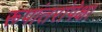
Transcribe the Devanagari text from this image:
रूपांतरांपेक्षा